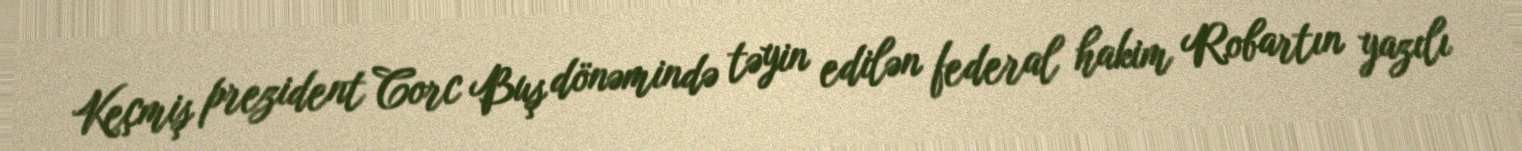
Keçmiş prezident Corc Buş dönəmində təyin edilən federal hakim Robartın yazılı